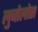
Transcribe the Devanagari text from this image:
लुबोलोस